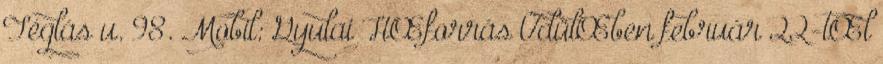
Téglás u. 98. Mobil: Gyulai HŒforrás ÜdülŒben február 22-tŒl